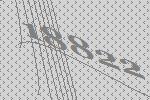
18822